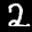
Label: 2